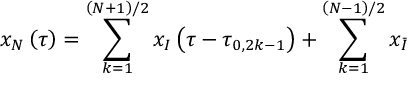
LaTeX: x _ { N } \left( \tau \right) = \sum _ { k = 1 } ^ { \left( N + 1 \right) / 2 } x _ { I } \left( \tau - \tau _ { 0 , 2 k - 1 } \right) + \sum _ { k = 1 } ^ { \left( N - 1 \right) / 2 } x _ { \bar { I } }